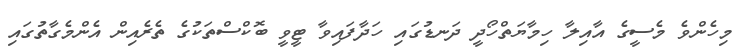
މިހެންވެ މެސީގެ އާއިލާ ހިމާޔަތްހޯދީ ދަނޑުގައި ހަދާފައިވާ ޓީވީ ބޮކްސްތަކުގެ ތެރެއިން އެންމެގާތުގައި